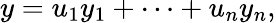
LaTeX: y=u_{1}y_{1}+\cdots+u_{n}y_{n},